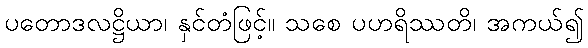
ပတောဒလဋ္ဌိယာ၊ နှင်တံဖြင့်။ သစေ ပဟရိဿတိ၊ အကယ်၍